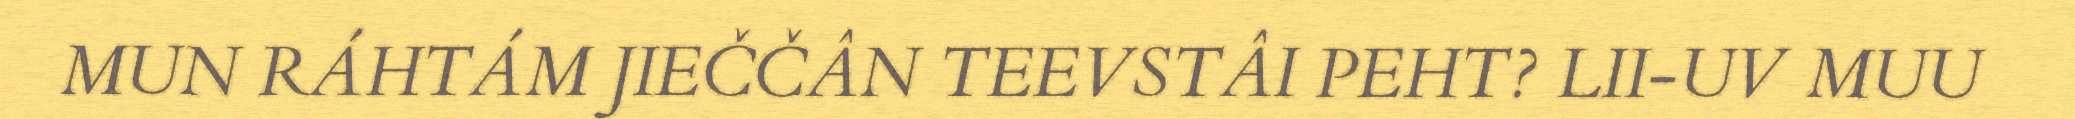
MUN RÁHTÁM JIEČČÂN TEEVSTÂI PEHT? LII-UV MUU